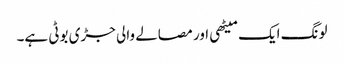
لونگ ایک میٹھی اور مصالے والی جڑی بوٹی ہے۔